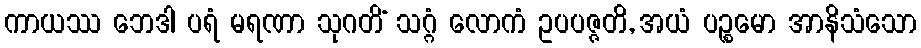
ကာယဿ ဘေဒါ ပရံ မရဏာ သုဂတိံ သဂ္ဂံ လောကံ ဥပပဇ္ဇတိ, အယံ ပဉ္စမော အာနိသံသော